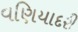
વણિયાદરી